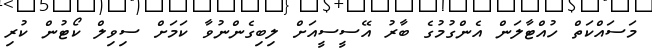
މަސައްކަތް ހުއްޓާލަން އެންގުމުގެ ބާރު އޭސީސީއަށް ލިބިގެންނުވާ ކަމަށް ސިވިލް ކޯޓުން ކުރި